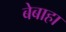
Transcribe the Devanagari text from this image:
बेबाहा